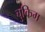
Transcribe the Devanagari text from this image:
चुकिम